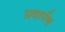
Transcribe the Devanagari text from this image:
प्रदार्पण